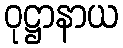
ဝုဋ္ဌာနာယ